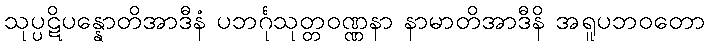
သုပ္ပဋိပန္နောတိအာဒီနံ ပဘင်္ဂုသုတ္တဝဏ္ဏနာ နာမာတိအာဒီနိ အရူပဘဝတော